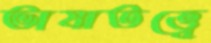
ভাষাতত্ত্বে